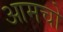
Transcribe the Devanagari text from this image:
आमचो